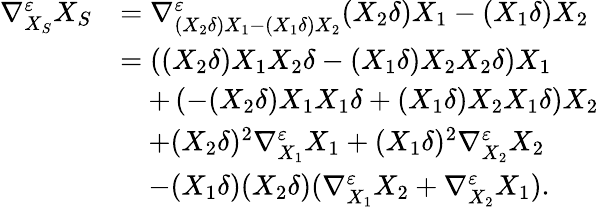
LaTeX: \begin{array}{rl}{\nabla_{X_{S}}^{\varepsilon}X_{S}}&{=\nabla_{(X_{2}\delta)X_{1}-(X_{1}\delta)X_{2}}^{\varepsilon}(X_{2}\delta)X_{1}-(X_{1}\delta)X_{2}}\\ &{=\left((X_{2}\delta)X_{1}X_{2}\delta-(X_{1}\delta)X_{2}X_{2}\delta\right)X_{1}}\\ &{\quad+\left(-(X_{2}\delta)X_{1}X_{1}\delta+(X_{1}\delta)X_{2}X_{1}\delta\right)X_{2}}\\ &{\quad+(X_{2}\delta)^{2}\nabla_{X_{1}}^{\varepsilon}X_{1}+(X_{1}\delta)^{2}\nabla_{X_{2}}^{\varepsilon}X_{2}}\\ &{\quad-(X_{1}\delta)(X_{2}\delta)(\nabla_{X_{1}}^{\varepsilon}X_{2}+\nabla_{X_{2}}^{\varepsilon}X_{1}).}\end{array}